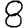
Digit: 8